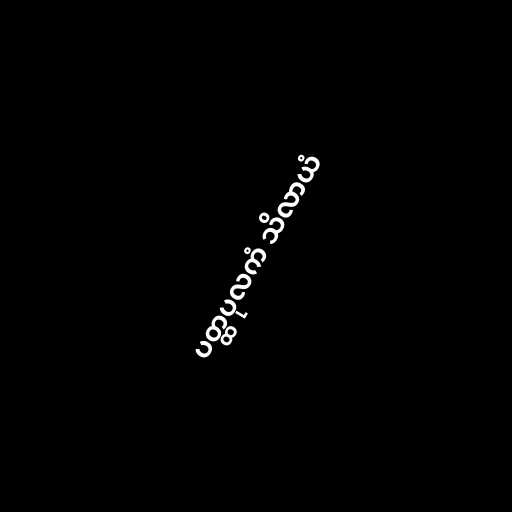
ပတ္ထပုလကံ သိလာယံ